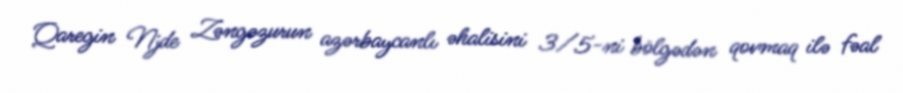
Qaregin Njde Zəngəzurun azərbaycanlı əhalisini 3/5-ni bölgədən qovmaq ilə fəal